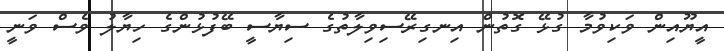
އީޔޫއިން ވަކިވުމާ ގުޅޭ ގޮތުން އިނގިރޭސިވިލާތުގެ ސިޔާސީ ބޭފުޅުންގެ ހިޔާލު ވެސް ވަނީ